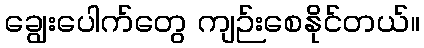
ချွေးပေါက်တွေ ကျဉ်းစေနိုင်တယ်။